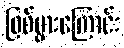
ဖြစ်ပွားကြောင်း